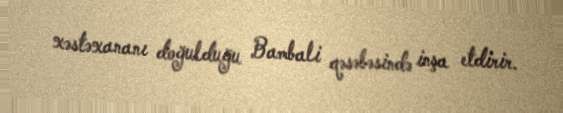
xəstəxananı doğulduğu Bambali qəsəbəsində inşa etdirir.